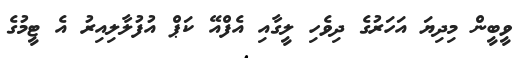
ވީބީން މިދިޔަ އަހަރުގެ ދިވެހި ލީގާއި އެފްއޭ ކަޕް އުފުލާލިއިރު އެ ޓީމުގެ